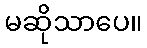
မဆိုသာပေ။